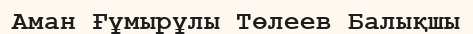
Аман Ғұмырұлы Төлеев Балықшы